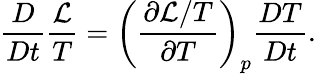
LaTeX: \frac{D}{Dt}\frac{\mathcal{L}}{T}=\left(\frac{\partial\mathcal{L}/T}{\partial T}\right)_{p}\frac{DT}{Dt}.